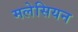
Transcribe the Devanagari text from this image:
मलेसियन